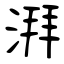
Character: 湃